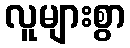
လူများစွာ